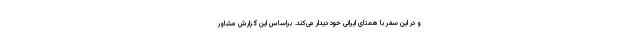
و در این سفر با همتای ایرانی خود دیدار می‌کند. براساس این گزارش مشاور